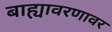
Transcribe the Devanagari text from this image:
बाह्यावरणावर